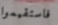
فاستقيموا